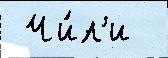
 Чи́л'и